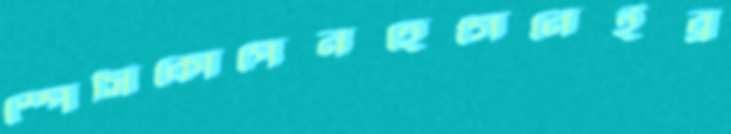
স্পেসিকোপেনহেগেনেইব্র